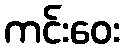
ကင်းဝေး